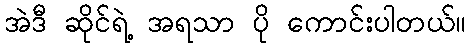
အဲဒီ ဆိုင်ရဲ့ အရသာ ပို ကောင်းပါတယ်။